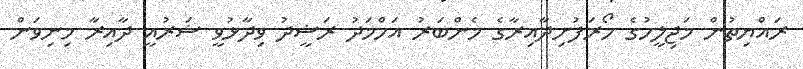
ރައްޔިތުން މަޖިލީހުގެ ހޯރަފުށިދާއިރާގެ މެންބަރު އަހްމަދު ރަޝީދު ވިދާޅުވީ ޝަރުއީ ދާއިރާ މިނިވަން